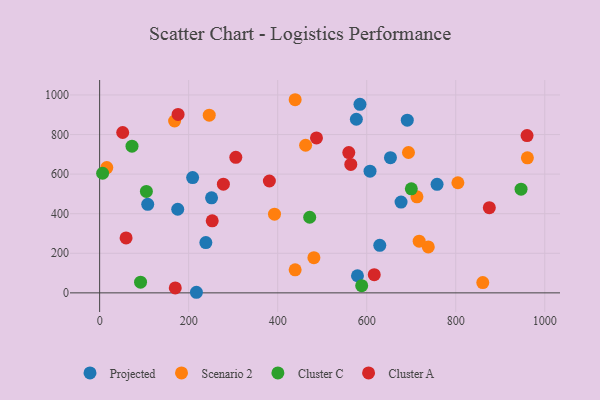
{"axis": {"x": "Experience", "y": "Fuel Efficiency"}, "legend": ["Cluster A", "Cluster C", "Projected", "Scenario 2"], "data": [{"x": "175.4", "y": 422.6, "type": "Projected"}, {"x": "576.7", "y": 877.3, "type": "Projected"}, {"x": "108.0", "y": 447.6, "type": "Projected"}, {"x": "579.2", "y": 86.6, "type": "Projected"}, {"x": "607.4", "y": 615.0, "type": "Projected"}, {"x": "584.8", "y": 952.9, "type": "Projected"}, {"x": "251.4", "y": 480.4, "type": "Projected"}, {"x": "217.4", "y": 3.0, "type": "Projected"}, {"x": "653.3", "y": 683.2, "type": "Projected"}, {"x": "629.3", "y": 240.4, "type": "Projected"}, {"x": "208.9", "y": 582.5, "type": "Projected"}, {"x": "238.6", "y": 254.1, "type": "Projected"}, {"x": "677.1", "y": 458.9, "type": "Projected"}, {"x": "758.0", "y": 548.3, "type": "Projected"}, {"x": "691.1", "y": 872.7, "type": "Projected"}, {"x": "738.3", "y": 232.2, "type": "Scenario 2"}, {"x": "392.8", "y": 397.8, "type": "Scenario 2"}, {"x": "439.2", "y": 116.4, "type": "Scenario 2"}, {"x": "462.7", "y": 745.9, "type": "Scenario 2"}, {"x": "712.8", "y": 485.1, "type": "Scenario 2"}, {"x": "481.3", "y": 177.8, "type": "Scenario 2"}, {"x": "439.2", "y": 975.9, "type": "Scenario 2"}, {"x": "960.9", "y": 682.2, "type": "Scenario 2"}, {"x": "246.2", "y": 897.8, "type": "Scenario 2"}, {"x": "860.7", "y": 51.9, "type": "Scenario 2"}, {"x": "717.8", "y": 261.4, "type": "Scenario 2"}, {"x": "168.4", "y": 868.4, "type": "Scenario 2"}, {"x": "693.8", "y": 709.2, "type": "Scenario 2"}, {"x": "804.8", "y": 556.4, "type": "Scenario 2"}, {"x": "16.1", "y": 633.0, "type": "Scenario 2"}, {"x": "471.9", "y": 382.2, "type": "Cluster C"}, {"x": "91.9", "y": 54.2, "type": "Cluster C"}, {"x": "946.7", "y": 524.1, "type": "Cluster C"}, {"x": "588.7", "y": 36.3, "type": "Cluster C"}, {"x": "6.7", "y": 604.5, "type": "Cluster C"}, {"x": "105.0", "y": 512.6, "type": "Cluster C"}, {"x": "700.2", "y": 525.8, "type": "Cluster C"}, {"x": "72.7", "y": 741.1, "type": "Cluster C"}, {"x": "59.4", "y": 277.4, "type": "Cluster A"}, {"x": "616.9", "y": 92.0, "type": "Cluster A"}, {"x": "381.3", "y": 565.3, "type": "Cluster A"}, {"x": "960.2", "y": 794.6, "type": "Cluster A"}, {"x": "875.4", "y": 430.4, "type": "Cluster A"}, {"x": "487.1", "y": 783.1, "type": "Cluster A"}, {"x": "176.2", "y": 901.5, "type": "Cluster A"}, {"x": "278.0", "y": 549.2, "type": "Cluster A"}, {"x": "305.9", "y": 685.1, "type": "Cluster A"}, {"x": "51.8", "y": 810.3, "type": "Cluster A"}, {"x": "559.7", "y": 709.1, "type": "Cluster A"}, {"x": "252.9", "y": 364.2, "type": "Cluster A"}, {"x": "169.9", "y": 25.0, "type": "Cluster A"}, {"x": "564.2", "y": 648.8, "type": "Cluster A"}]}